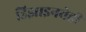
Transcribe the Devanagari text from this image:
डिझाइनचेही